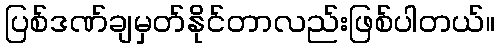
ပြစ်ဒဏ်ချမှတ်နိုင်တာလည်းဖြစ်ပါတယ်။